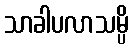
သာခါပလာသမ္ပိ